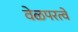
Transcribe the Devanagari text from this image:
वेळपरत्वे